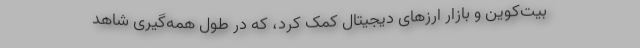
بیت‌کوین و بازار ارزهای دیجیتال کمک کرد، که در طول همه‌گیری شاهد